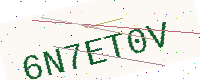
Text: 6N7ET0V